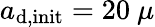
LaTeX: a_{\mathrm{d,init}}=20~\mu